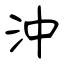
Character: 沖